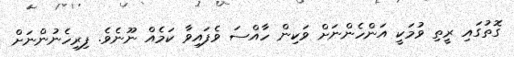
ގޮތުގައި ރީތި ވުމަކީ އަންހެންނަށް ވަކިން ހާއްސަ ވެފައިވާ ކަމެއް ނޫނެވެ. ފިރިހެނުންނަށް